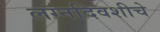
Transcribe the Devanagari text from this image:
लग्नदिवशीचे